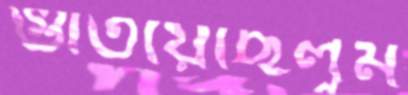
গুঁতিয়েছিলুম